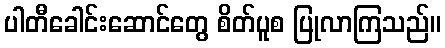
ပါတီခေါင်းဆောင်တွေ စိတ်ပူစ ပြုလာကြသည်။